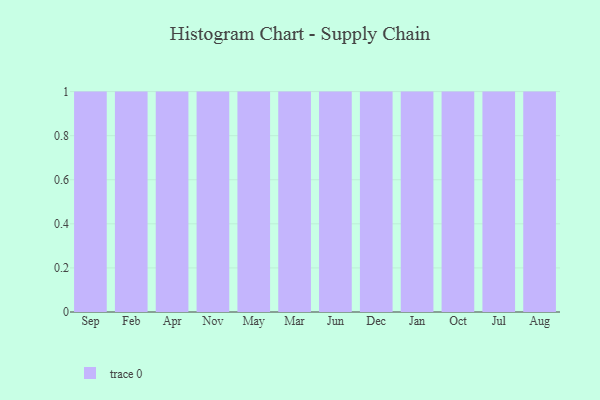
{"axis": {"x": "Month", "y": "Inventory Turnover"}, "legend": [""], "data": [{"x": "Sep", "y": 27, "type": ""}, {"x": "Feb", "y": 18, "type": ""}, {"x": "Apr", "y": 70, "type": ""}, {"x": "Nov", "y": 20, "type": ""}, {"x": "May", "y": 80, "type": ""}, {"x": "Mar", "y": 42, "type": ""}, {"x": "Jun", "y": 8, "type": ""}, {"x": "Dec", "y": 62, "type": ""}, {"x": "Jan", "y": 73, "type": ""}, {"x": "Oct", "y": 19, "type": ""}, {"x": "Jul", "y": 69, "type": ""}, {"x": "Aug", "y": 100, "type": ""}]}